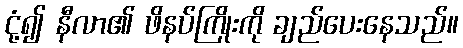
ငုံ့၍ နီလာ၏ ဖိနပ်ကြိုးကို ချည်ပေးနေသည်။